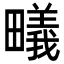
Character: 𭻳